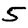
Digit: 5